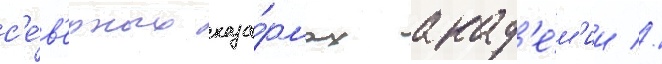
с'е́в'ерных каза́рмах акад'е́м'ии //